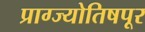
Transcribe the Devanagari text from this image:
प्राग्ज्योतिषपूर